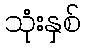
သုံးနှစ်